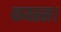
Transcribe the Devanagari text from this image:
वायरस।